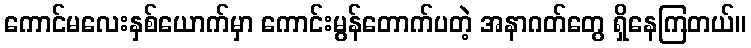
ကောင်မလေးနှစ်ယောက်မှာ ကောင်းမွန်တောက်ပတဲ့ အနာဂတ်တွေ ရှိနေကြတယ်။